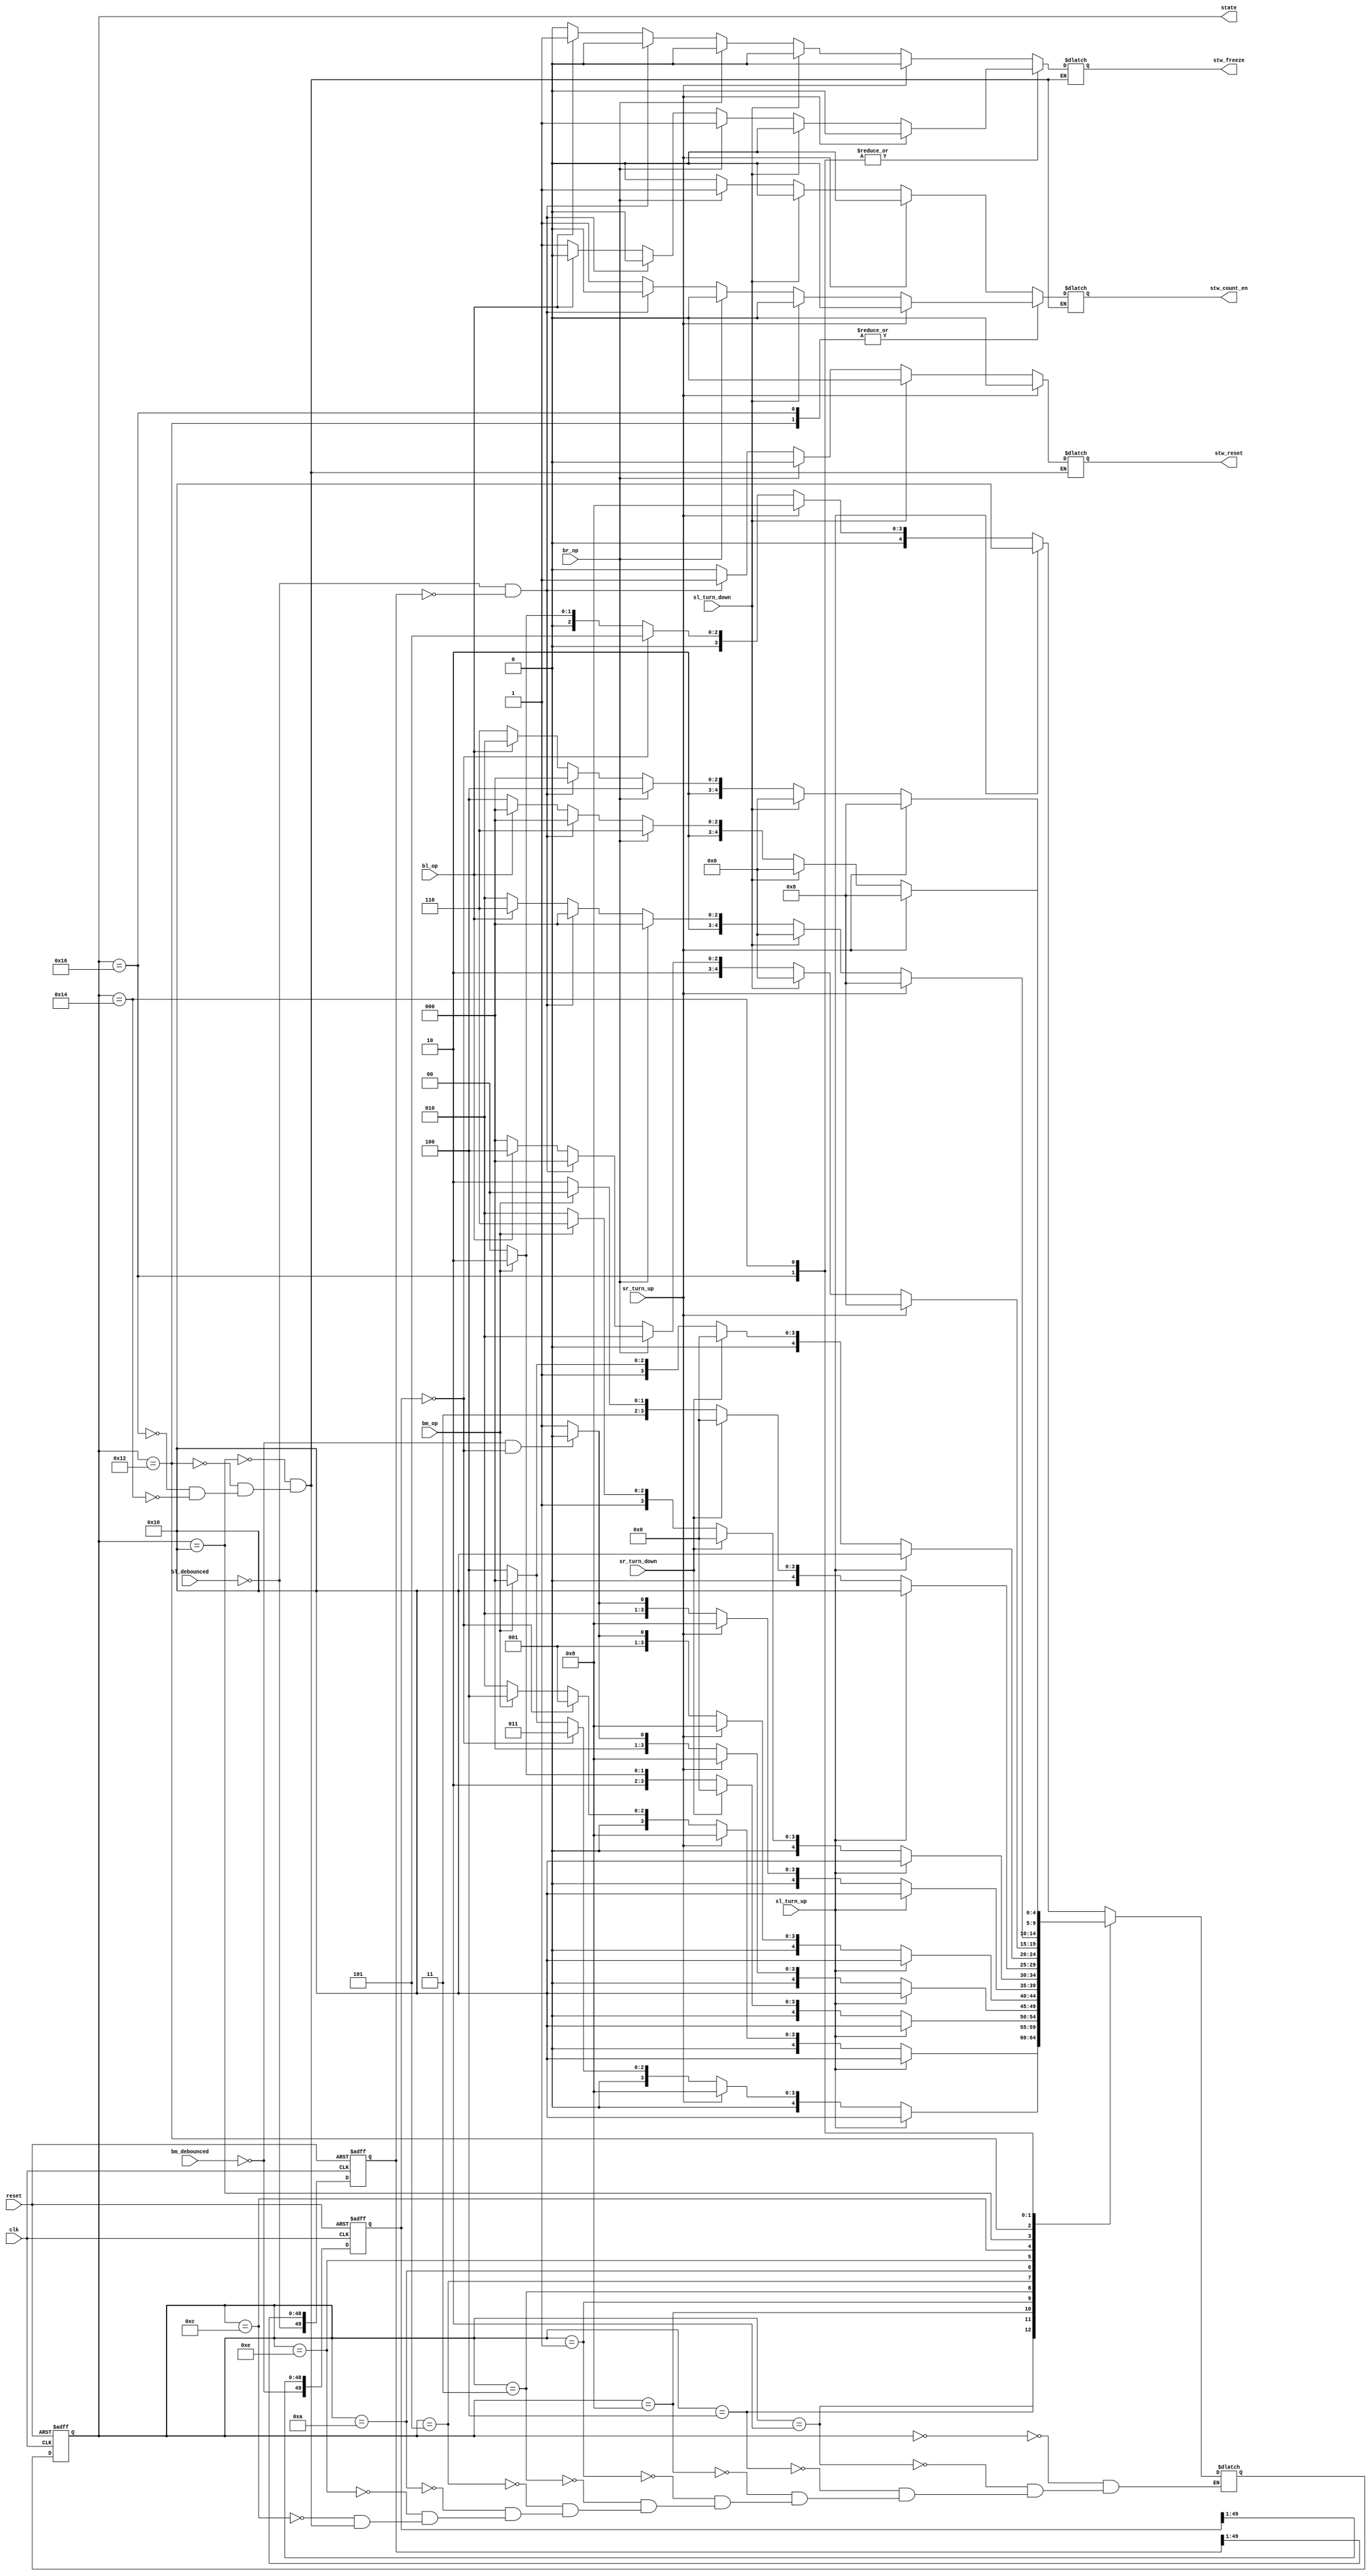
module FSM(
    input clk,
    input reset,
    input sl_turn_up,
    input sl_turn_down,
    input sr_turn_up,
    input sr_turn_down,
    input bl_op,
    input br_op,
    input bm_op,
    input bl_debounced,
    input bm_debounced,
    output [4:0] state,
    output stw_count_en,
    output stw_freeze,
    output stw_reset
    );
    
reg [4:0] state, next_state;
reg [49:0] lap_window, lap_window_tmp;
reg [49:0] alarm_window, alarm_window_tmp;
reg stw_count_en, stw_freeze, stw_reset;

always @*
begin 
    lap_window_tmp[49:0] <= {~bl_debounced, lap_window[49:1]};
    alarm_window_tmp[49:0] <= {~bm_debounced, alarm_window[49:1]};
end

always @(state or sl_turn_up or sl_turn_down or sr_turn_up or sr_turn_down or lap_window or alarm_window or bl_op or br_op or bm_op)
begin
    case(state)
        5'b00000:
        begin
            if (sl_turn_up)
            begin
                next_state = 5'b10000;
            end
            else if (sr_turn_up)
            begin
                next_state = 5'b01000;
            end
            else if (alarm_window == 50'd0)
            begin
               next_state = 5'b00101;
            end
            else if (bm_op)
            begin
               next_state = 5'b00010;
            end 
            else
            begin
               next_state = 5'b00000;
            end 
        end

        5'b00010:
        begin
            if (sl_turn_up)
            begin
                next_state = 5'b10000;
            end
            else if (sr_turn_up)
            begin
                next_state = 5'b01000;
            end
            else if (alarm_window == 50'd0)
            begin
               next_state = 5'b00001;
            end
            else if (bm_op)
            begin
               next_state = 5'b00100;
            end 
            else
            begin
               next_state = 5'b00010;
            end 
        end
        
       5'b00100:
        begin
            if (sl_turn_up)
            begin
                next_state = 5'b10000;
            end
            else if (sr_turn_up)
            begin
                next_state = 5'b01000;
            end
            else if (alarm_window == 50'd0)
            begin
               next_state = 5'b00011;
            end
            else if (bm_op)
            begin
               next_state = 5'b00000;
            end 
            else
            begin
               next_state = 5'b00100;
            end 
        end
        
        5'b01000:
        begin
            if (sl_turn_up)
            begin
                next_state = 5'b10000;
            end
            else if (sr_turn_down)
            begin
                next_state = 5'b00000;
            end
            else if (bm_op)
            begin
               next_state = 5'b01010;
            end 
            else
            begin
               next_state = 5'b01000;
            end 
        end
        
        5'b00001:
        begin
            if (sl_turn_up)
            begin
                next_state = 5'b10000;
            end
            else if (sr_turn_up)
            begin
                next_state = 5'b01000;
            end
            else if (~bm_debounced && alarm_window == 50'd0)
            begin
               next_state = 5'b00000;
            end
            else
            begin
               next_state = 5'b00001;
            end 
        end
        
        5'b00011:
        begin
            if (sl_turn_up)
            begin
                next_state = 5'b10000;
            end
            else if (sr_turn_up)
            begin
                next_state = 5'b01000;
            end
            else if (~bm_debounced && alarm_window == 50'd0)
            begin
               next_state = 5'b00010;
            end
            else
            begin
               next_state = 5'b00011;
            end 
        end
        
        5'b00101:
        begin
            if (sl_turn_up)
            begin
                next_state = 5'b10000;
            end
            else if (sr_turn_up)
            begin
                next_state = 5'b01000;
            end
            else if (~bm_debounced && alarm_window == 50'd0)
            begin
               next_state = 5'b00100;
            end
            else
            begin
               next_state = 5'b00101;
            end 
        end

        5'b01010:
        begin
            if (sl_turn_up)
            begin
                next_state = 5'b10000;
            end
            else if (sr_turn_down)
            begin
                next_state = 5'b00000;
            end
            else if (bm_op)
            begin
               next_state = 5'b01110;
            end 
            else
            begin
               next_state = 5'b01010;
            end 
        end

        5'b01110:
        begin
            if (sl_turn_up)
            begin
                next_state = 5'b10000;
            end
            else if (sr_turn_down)
            begin
                next_state = 5'b00000;
            end
            else if (bm_op)
            begin
               next_state = 5'b01100;
            end 
            else
            begin
               next_state = 5'b01110;
            end 
        end

        5'b01100:
        begin
            if (sl_turn_up)
            begin
                next_state = 5'b10000;
            end
            else if (sr_turn_down)
            begin
                next_state = 5'b00000;
            end
            else if (bm_op)
            begin
                next_state = 5'b01000;
            end 
            else
            begin
                next_state = 5'b01100;
            end 
        end

        5'b10000:
        begin
            if (sr_turn_up)
            begin
                next_state = 5'b01000;
                stw_count_en = 0;
                stw_freeze = 0;
                stw_reset = 0;
            end
            else if (sl_turn_down)
            begin
                next_state = 5'b00000;
                stw_count_en = 0;
                stw_freeze = 0;
                stw_reset = 0;
            end
            else if (br_op)
            begin
                next_state = 5'b10010;
                stw_count_en = 1;
                stw_freeze = 0;
                stw_reset = 0;
            end 
            else if (~bl_debounced && lap_window == 50'd0)
            begin
                next_state = 5'b10000;
                stw_count_en = 0;
                stw_freeze = 0;
                stw_reset = 1;
            end
            else if (bl_op)
            begin
                next_state = 5'b10100;
                stw_count_en = 0;
                stw_freeze = 1;
                stw_reset = 0;
            end 
            else
            begin
                next_state = 5'b10000;
                stw_count_en = 0;
                stw_freeze = 0;
                stw_reset = 0;
            end 
        end
        
        5'b10010:
        begin
            if (sr_turn_up)
            begin
                next_state = 5'b01000;
                stw_count_en = 0;
                stw_freeze = 0;
                stw_reset = 0;
            end
            else if (sl_turn_down)
            begin
                next_state = 5'b00000;
                stw_count_en = 0;
                stw_freeze = 0;
                stw_reset = 0;
            end
            else if (br_op)
            begin
                next_state = 5'b10000;
                stw_count_en = 0;
                stw_freeze = 0;
                stw_reset = 0;
            end
            else if (~bl_debounced && lap_window == 50'd0)
            begin
                next_state = 5'b10000;
                stw_count_en = 0;
                stw_freeze = 0;
                stw_reset = 1;
            end 
            else if (bl_op)
            begin
                next_state = 5'b10110;
                stw_count_en = 1;
                stw_freeze = 1;
                stw_reset = 0;
            end 
            else
            begin
                next_state = 5'b10010;
                stw_count_en = 1;
                stw_freeze = 0;
                stw_reset = 0;
            end 
        end        
        
        5'b10110:
        begin
            if (sr_turn_up)
            begin
                next_state = 5'b01000;
                stw_count_en = 0;
                stw_freeze = 0;
                stw_reset = 0;
            end
            else if (sl_turn_down)
            begin
                next_state = 5'b00000;
                stw_count_en = 0;
                stw_freeze = 0;
                stw_reset = 0;
            end
            else if (br_op)
            begin
                next_state = 5'b10100;
                stw_count_en = 0;
                stw_freeze = 1;
                stw_reset = 0;
            end             
            else if (~bl_debounced && lap_window == 50'd0)
            begin
                next_state = 5'b10000;
                stw_count_en = 0;
                stw_freeze = 0;
                stw_reset = 1;
            end
            else if (bl_op)
            begin
                next_state = 5'b10010;
                stw_count_en = 1;
                stw_freeze = 0;
                stw_reset = 0;
            end 
            else
            begin
                next_state = 5'b10110;
                stw_count_en = 1;
                stw_freeze = 1;
                stw_reset = 0;
            end 
        end

        5'b10100:
        begin
            if (sr_turn_up)
            begin
                next_state = 5'b01000;
                stw_count_en = 0;
                stw_freeze = 0;
                stw_reset = 0;
            end
            else if (sl_turn_down)
            begin
                next_state = 5'b00000;
                stw_count_en = 0;
                stw_freeze = 0;
                stw_reset = 0;
            end
            else if (br_op)
            begin
                next_state = 5'b10110;
                stw_count_en = 1;
                stw_freeze = 1;
                stw_reset = 0;
            end 
            else if (~bl_debounced && lap_window == 50'd0)
            begin
                next_state = 5'b10000;
                stw_count_en = 0;
                stw_freeze = 0;
                stw_reset = 1;
            end
            else if (bl_op)
            begin
                next_state = 5'b10000;
                stw_count_en = 0;
                stw_freeze = 0;
                stw_reset = 0;
            end 
            else
            begin
                next_state = 5'b10100;
                stw_count_en = 0;
                stw_freeze = 1;
                stw_reset = 0;
            end 
        end
    endcase 
end

always @(posedge clk or negedge reset)
begin
    if(~reset)
    begin
        state = 5'b00000;
        lap_window <= {50{1'b1}};
        alarm_window <= {50{1'b1}};
    end
    else
    begin
        state <= next_state;
        lap_window <= lap_window_tmp;
        alarm_window <= alarm_window_tmp;
    end
end

endmodule